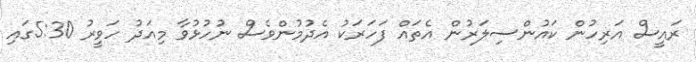
ރައީސް އަރިހުން ކައުންސިލަރުން އެތައް ފަހަރަކު އެދުމުންވެސް ނުހުޅުވާ މިއަދު ހަވީރު 5:30ގައި